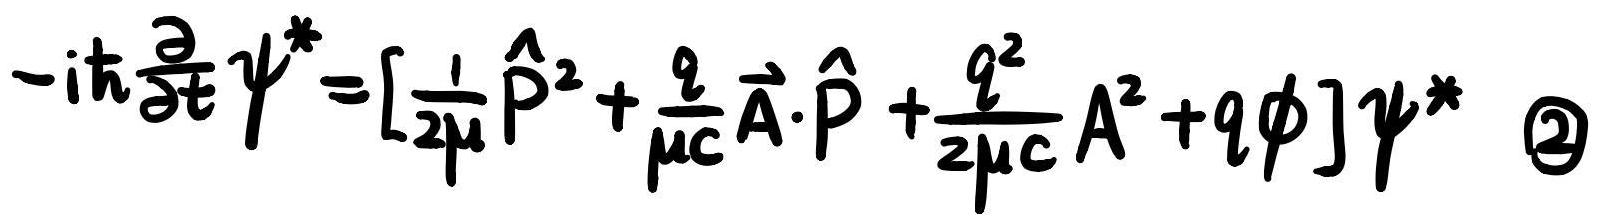
\[-i \hbar \frac{\partial}{\partial t} \psi^{*} = \left[ \frac{1}{2 \mu} \hat{\vec{P}}^{2} + \frac{q}{\mu c} \vec{A} \cdot \hat{\vec{P}} + \frac{q^{2}}{2 \mu c} A^{2} + q \phi \right] \psi^{*} \quad \textcircled{2}\]